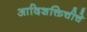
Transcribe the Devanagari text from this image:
आदिशक्तिचीचे